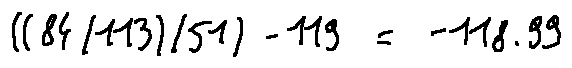
( ( 8 4 / 1 1 3 ) / 5 1 ) - 1 1 9 = - 1 1 8 . 9 9